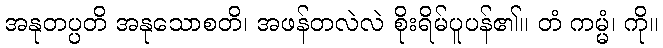
အနုတပ္ပတိ အနုသောစတိ၊ အဖန်တလဲလဲ စိုးရိမ်ပူပန်၏။ တံ ကမ္မံ၊ ကို။